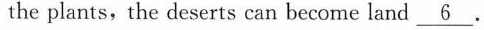
the plants,the deserts can become land\underline{6}.